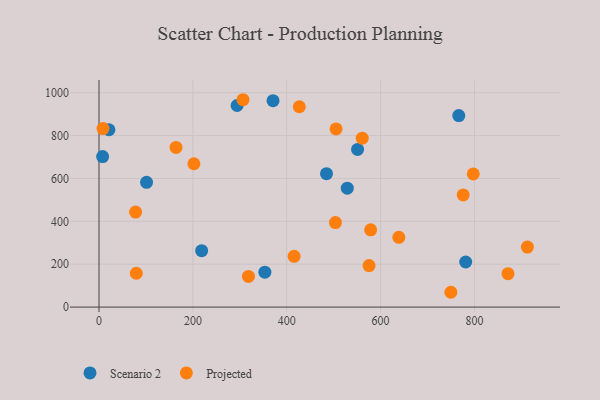
{"axis": {"x": "Study Hours", "y": "Salary"}, "legend": ["Projected", "Scenario 2"], "data": [{"x": "21.2", "y": 827.0, "type": "Scenario 2"}, {"x": "766.6", "y": 893.2, "type": "Scenario 2"}, {"x": "353.4", "y": 162.9, "type": "Scenario 2"}, {"x": "370.8", "y": 962.7, "type": "Scenario 2"}, {"x": "550.9", "y": 735.2, "type": "Scenario 2"}, {"x": "484.7", "y": 622.4, "type": "Scenario 2"}, {"x": "294.2", "y": 940.2, "type": "Scenario 2"}, {"x": "7.7", "y": 702.0, "type": "Scenario 2"}, {"x": "218.7", "y": 263.1, "type": "Scenario 2"}, {"x": "529.0", "y": 554.5, "type": "Scenario 2"}, {"x": "781.3", "y": 210.2, "type": "Scenario 2"}, {"x": "101.3", "y": 581.7, "type": "Scenario 2"}, {"x": "775.9", "y": 523.1, "type": "Projected"}, {"x": "415.7", "y": 236.9, "type": "Projected"}, {"x": "318.4", "y": 143.0, "type": "Projected"}, {"x": "8.5", "y": 832.6, "type": "Projected"}, {"x": "575.3", "y": 193.6, "type": "Projected"}, {"x": "306.8", "y": 967.1, "type": "Projected"}, {"x": "749.7", "y": 69.1, "type": "Projected"}, {"x": "202.2", "y": 668.6, "type": "Projected"}, {"x": "797.4", "y": 621.2, "type": "Projected"}, {"x": "77.9", "y": 443.2, "type": "Projected"}, {"x": "505.1", "y": 831.0, "type": "Projected"}, {"x": "912.7", "y": 279.8, "type": "Projected"}, {"x": "560.8", "y": 787.9, "type": "Projected"}, {"x": "426.8", "y": 934.4, "type": "Projected"}, {"x": "578.8", "y": 360.4, "type": "Projected"}, {"x": "503.8", "y": 394.1, "type": "Projected"}, {"x": "164.1", "y": 744.6, "type": "Projected"}, {"x": "638.8", "y": 325.5, "type": "Projected"}, {"x": "871.4", "y": 155.7, "type": "Projected"}, {"x": "79.5", "y": 157.8, "type": "Projected"}]}